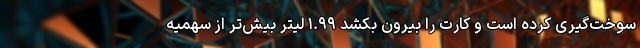
سوخت‌گیری کرده است و کارت را بیرون بکشد ۱.۹۹ لیتر بیش‌تر از سهمیه